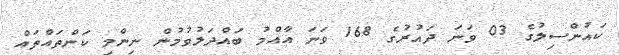
ކައުންސިލުގެ 03 ވަނަ ދައުރުގެ 168 ވަނަ އާއްމު ބައްދަލުވުމުން ނިންމި ކަންތައްތައް